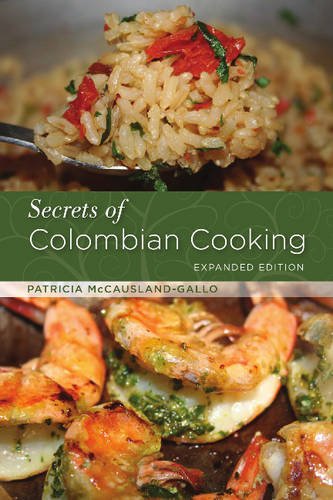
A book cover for Secrets of Colombian Cooking: Expanded Edition; Patricia McCausland-Gallo; Cookbooks, Food & Wine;